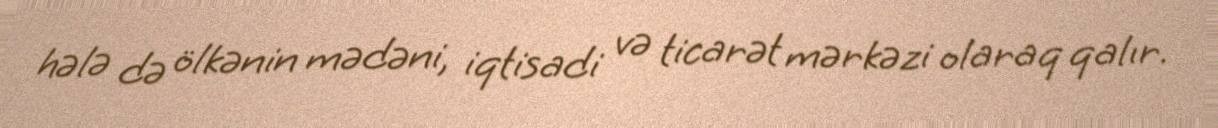
hələ də ölkənin mədəni, iqtisadi və ticarət mərkəzi olaraq qalır.